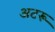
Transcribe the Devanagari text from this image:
अटरू